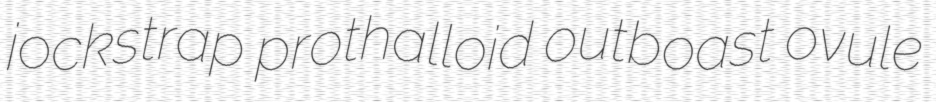
jockstrap prothalloid outboast ovule